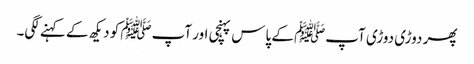
پھر دوڑی دوڑی آپﷺ کے پاس پہنچی اور آپﷺ کو دیکھ کے کہنے لگی۔